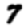
Digit: 7